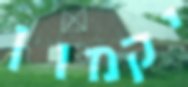
יקמון